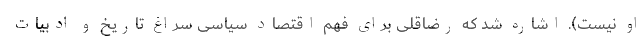
او نیست). اشاره شد که رضاقلی برای فهم اقتصاد سیاسی سراغ تاریخ و ادبیات